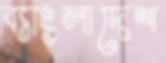
ব্যাংলাদেশ